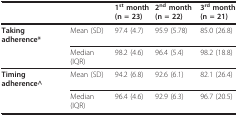
|  |  | 1st month(n = 23) | 2nd month (n = 22) | 3rd month(n = 21) |
 | --- | --- | --- | --- | --- |
 | Taking adherence* | Mean (SD) | 97.4 (4.7) | 95.9 (5.78) | 85.0 (26.8) |
 |  | Median (IQR) | 98.2 (4.6) | 96.4 (5.4) | 98.2 (18.8) |
 | Timing adherence^ | Mean (SD) | 94.2 (6.8) | 92.6 (6.1) | 82.1 (26.4) |
 |  | Median (IQR) | 96.4 (4.6) | 92.9 (6.3) | 96.7 (20.5) |